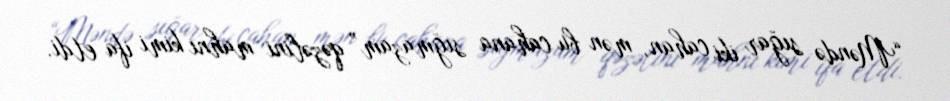
“Məndə sığar iki cahan, mən bu cahana sığmazam” qəzəlini mahnı kimi ifa etdi.